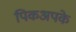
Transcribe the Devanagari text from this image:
पिकअपके